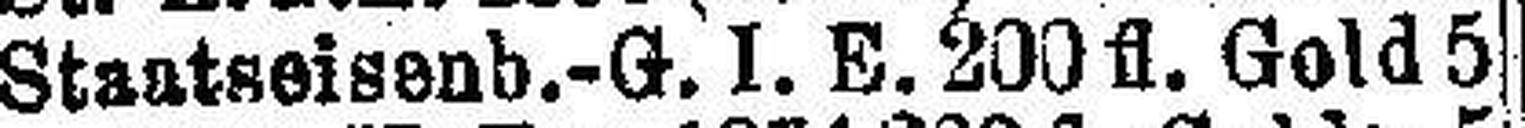
Staatseisenb.-G. I. E. 200fl. Gold 5